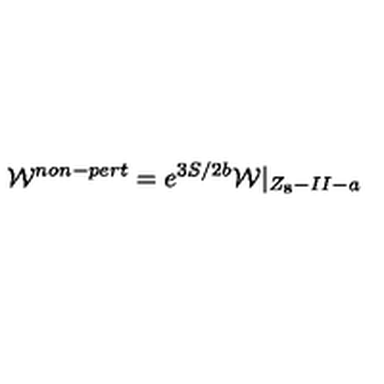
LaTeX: { \cal W } ^ { n o n - p e r t } = e ^ { 3 S / 2 b } { \cal W } | _ { Z _ { 8 } - I I - a }